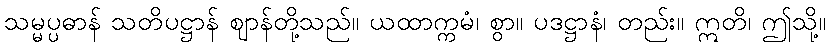
သမ္မပ္ပဓာန် သတိပဋ္ဌာန် ဈာန်တို့သည်။ ယထာက္ကမံ၊ စွာ။ ပဒဋ္ဌာနံ၊ တည်း။ ဣတိ၊ ဤသို့။